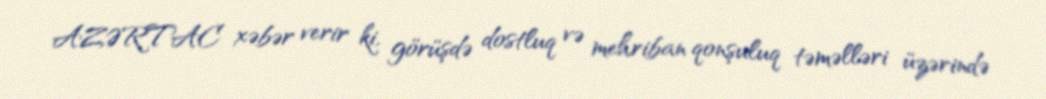
AZƏRTAC xəbər verir ki, görüşdə dostluq və mehriban qonşuluq təməlləri üzərində